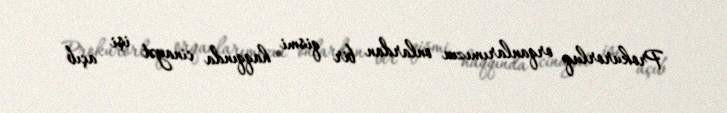
Prokurorluq orqanlarımızın onlardan bir qismi haqqında cinayət işi açıb